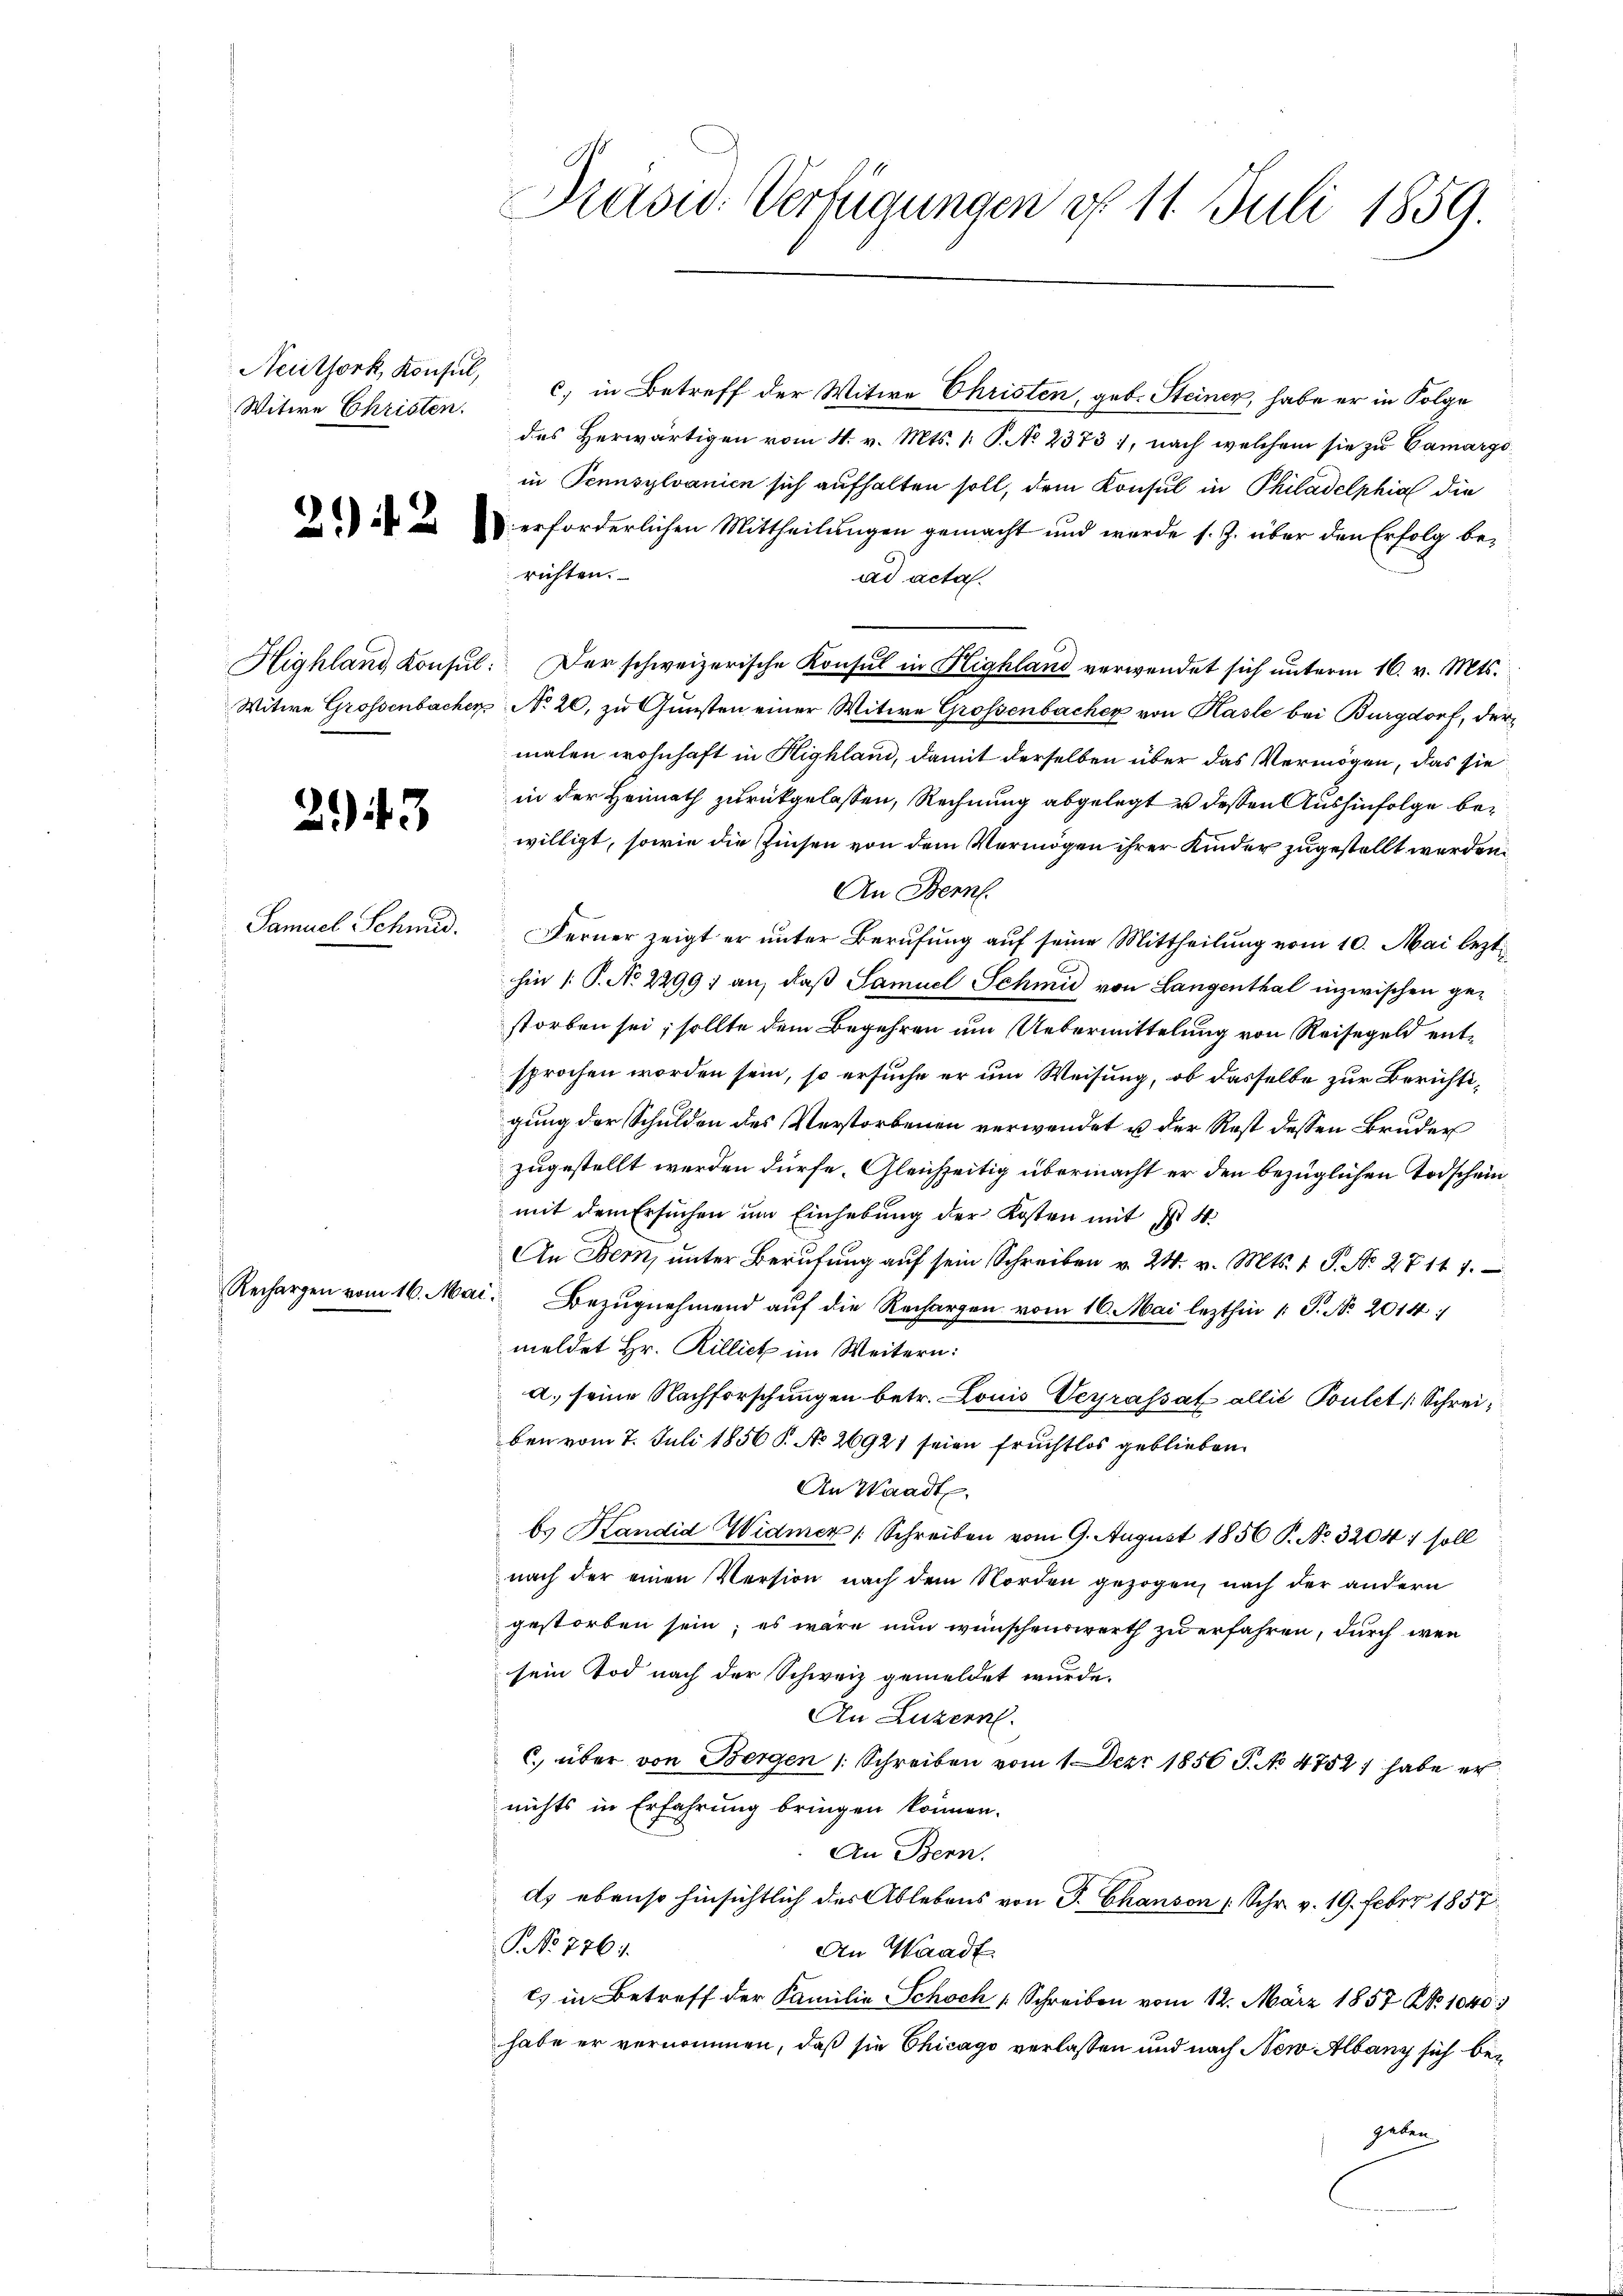
Witwe Christen.

Rechargen vom 16. Mai

243

Samuel Schmid.

Präsid. Verfügungen d. 11. Juli 1859.

Neuthork, Konsul, u. in Betreff der Witwe Christen, geb. Steiner, habe er in Folge
des Herwärtigen vom 4. v. Mts. 1: P. No 23731, nach welchem sie zu Camargoin Tennsylvanien sich aufhalten soll, dem Konsul in Philadelphia die
 V erforderlichen Mittheilungen gemacht und werde s. Z. über den Erfolg berichten.
ad acta.
Highland Konsul: Der schweizerische Konsul in Highland verwendet sich unterm 16. v. Mts.
Witwe Grossenbacher No 20. zu Gunsten einer Witwe Grossenbacher von Hasle bei Burgdorf, dermalen wohnhaft in Highland, damit derselben über das Vermögen, das sie
in der Heimath zurückgelassen, Rechnung abgelegt u deßen Aushinfolge bewilligt, sowie die Zinsen von dem Vermögen ihrer Kinder zugestellt werden.
An Bern.
Ferner zeigt er unter Berufung auf seine Mittheilung vom 10. Mai lezt.
hin /: P. No 2299) an, daß Samuel Schmid von Langenthal inzwischen gestorben sei; sollte dem Begehren um Uebermittelung von Reisegeld entsprochen worden sein, so ersuche er um Weisung, ob dasselbe zur Berichtigung der Schulden des Verstorbenen verwendet u der Rest dessen Bruder
zugestellt werden dürfe. Gleichzeitig übermacht er den bezüglichen Todscheinmit dem Ersuchen um Einhebung der Kosten mit I 4
An Bern, ŭnter Berŭfŭng aŭf sein Schreiben v. 24. v. Mts. 1 S. No. 27111.
i. Bezugnehmend auf die Rechargen vom 16. Mai lezthin 1 S. No 2014:
meldet Hr. Rilliet im Weitern:
a. seine Nachforschungen betr. Louis Verrassat allié Pontet (Schreiben vom 7. Juli 1856 P. No 26921 seien fruchtlos geblieben.
An Waadt,
b. Kandid Widmer (Schreiben vom 9. August 1856 P. No. 3204 :/ soll
nach der einen Persion nach dem Norden gezogen, nach der andern
gestorben sein; es wäre nun wünschenswerth zu erfahren, durch wenn
sein Tod nach der Schweiz gemeldet wurde.
An Luzern.
C. über von Bergen 1 Schreiben vom 1. Dez. 1856 P. No 4752; habe er
nichts in Erfahrung bringen können.
An Bern.
ds ebenso hinsichtlich des Ablebens von P. Chanson Schr. v. 19. Febr. 1857
NNo 7261.
An Waadt
es in Betreff der Familie Schoch 1 Schreiben vom 12. März 1857 No 1040.)
habe er vernommen, daß sie Chicago verlassen und nach New Albany sich begeben